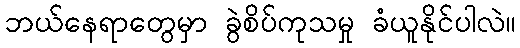
ဘယ်နေရာတွေမှာ ခွဲစိပ်ကုသမှု ခံယူနိုင်ပါလဲ။